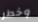
وخطر